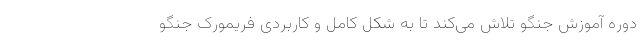
دوره آموزش جنگو تلاش می‌کند تا به شکل کامل و کاربردی فریمورک جنگو